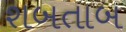
શબતાબ